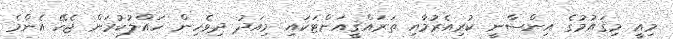
މިއީ މިޤައުމުގެ އިންސާނީ ކުރިއެރުމާއި ތަރައްޤީއަށްޓަކައި މިއަދު ދިވެހިން ހައްލުކުރަން ޖެހޭ އެންމެ